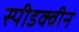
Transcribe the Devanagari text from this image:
स्पीडक्वीन